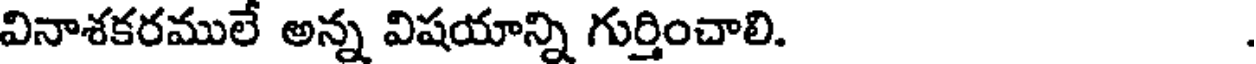
వినాశకరములే అన్న విషయాన్ని గుర్తించాలి.